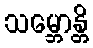
သမ္ဘောန္တိ